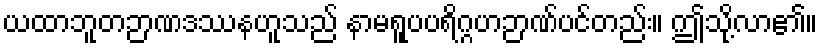
ယထာဘူတဉာဏဒဿနဟူသည် နာမရူပပရိဂ္ဂဟဉာဏ်ပင်တည်း။ ဤသို့လာ၏။